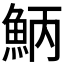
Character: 𩶁